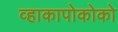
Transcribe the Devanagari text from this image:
व्हाकापोकोको